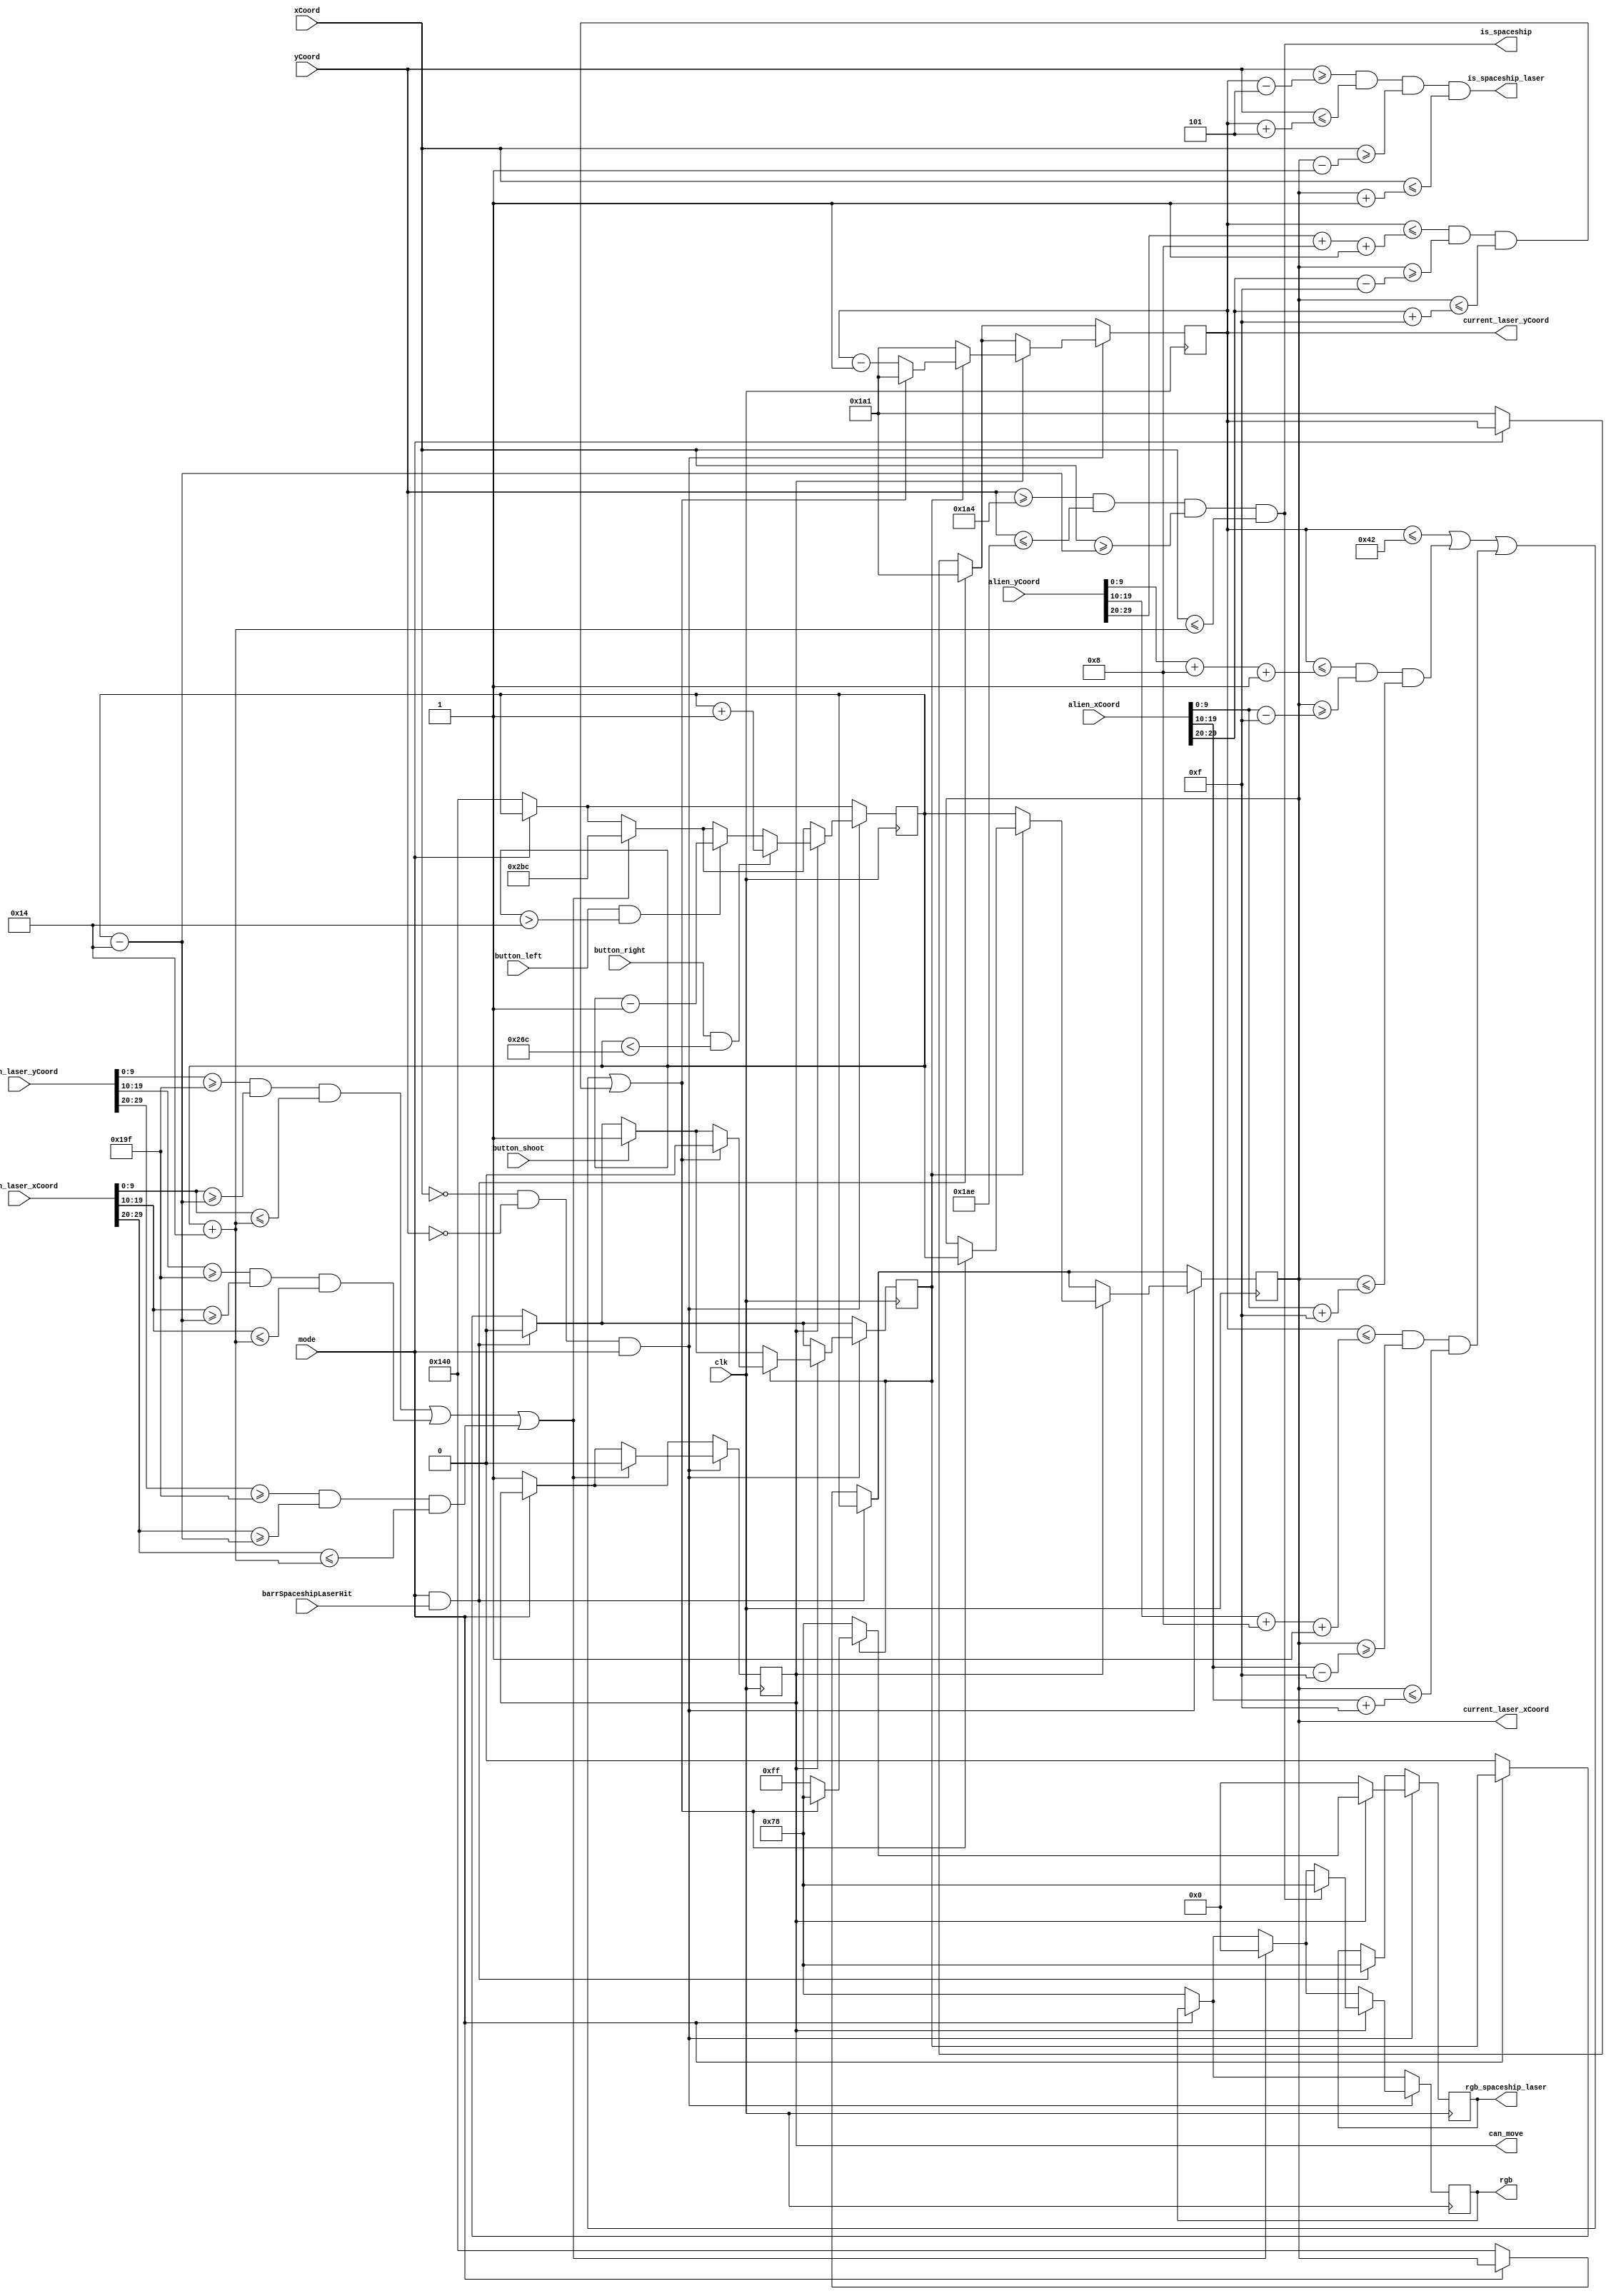
`timescale 1ns / 1ps
//////////////////////////////////////////////////////////////////////////////////
// Company: 
// Engineer: 
// 
// Design Name: 
// Module Name:    spaceship 
// Project Name: 
// Target Devices: 
// Tool versions: 
// Description: 
//
// Dependencies: 
//
// Revision: 
// Revision 0.01 - File Created
// Additional Comments: 
//
//////////////////////////////////////////////////////////////////////////////////
module spaceship(
	// Inputs
	input wire clk,
//	input wire restart,
	input wire button_left,
	input wire button_right,
	input wire button_shoot,
	input wire mode,
	input wire [9:0] xCoord,
	input wire [9:0] yCoord,
	input wire [29:0] alien_xCoord,
	input wire [29:0] alien_yCoord,
	input wire [29:0] alien_laser_xCoord,
	input wire [29:0] alien_laser_yCoord,
	input wire barrSpaceshipLaserHit,
	// Outputs
	output wire [7:0] rgb,
	output wire is_spaceship,
	output wire [7:0] rgb_spaceship_laser,
	output wire is_spaceship_laser,
	output wire [9:0] current_laser_xCoord,
	output wire [9:0] current_laser_yCoord,
	output reg can_move
    );

	///////////////////////////////////////////////////////
	///////////////////////////////////////////////////////
	// Display screen boundaries
	parameter LEFT_EDGE = 10'd0;
	parameter RIGHT_EDGE = 10'd640;
	parameter TOP_EDGE = 10'd0;
	parameter BOTTOM_EDGE = 10'd480;
	parameter SCOREBOARD_TOP = 10'd0;
	parameter SCOREBOARD_BOTTOM = 10'd60;
	
	///////////////////////////////////////////////////////
	///////////////////////////////////////////////////////
   // RGB Parameters [ BLUE | GREEN | RED ]
	reg [7:0] set_color;
	reg [7:0] set_color_laser;
	parameter COLOR_SPACESHIP = 8'b01111000;
	parameter COLOR_LASER = 8'b11111111;
	parameter COLOR_LASER_BLACK = 8'b00000000;
	parameter COLOR_BLACK = 8'b00000000;
	
	// Spaceship Parameters
	parameter SPACESHIP_HEIGHT = 10'd10;
	parameter SPACESHIP_LENGTH = 10'd40;
	parameter HALF_SPACESHIP_HEIGHT = 10'd10;
	parameter HALF_SPACESHIP_LENGTH = 10'd20;
	parameter SPACESHIP_TOP = 10'd420;
	parameter SPACESHIP_BOTTOM = 10'd430;
	parameter SPACESHIP_INITIAL = 10'd320;
	parameter SPACESHIP_Y = 10'd425;
	reg [9:0] spaceship_coord;
		
	// Laser Parameters
	parameter LASER_HEIGHT = 10'd10;
	parameter LASER_LENGTH = 10'd3;
	parameter HALF_LASER_HEIGHT = 10'd5;
	parameter HALF_LASER_LENGTH = 10'd1;
	parameter LASER_INITIAL_X = 10'd320;
	parameter LASER_INITIAL_Y = 10'd417;
	// Alien Parameters
	parameter HALF_ALIEN_HEIGHT = 10'd8;
	parameter HALF_ALIEN_LENGTH = 10'd15;
	
	// Position Updates
	parameter MOVE_LEFT  = 10'd1;
	parameter MOVE_RIGHT = 10'd1;
	parameter MOVE_UP = 10'd1;
		
	// Laser implementation
	reg [9:0] laser_xCoord;
	reg [9:0] laser_yCoord;
	reg is_active_laser;
	
	// Initialize spaceship
	initial begin
		// Spaceship begins in the middle of the scren
		spaceship_coord = SPACESHIP_INITIAL;
		laser_xCoord = LASER_INITIAL_X;
		laser_yCoord = LASER_INITIAL_Y;
		is_active_laser = 0;
		can_move = 1;
	end
	
	wire clk_frame = (xCoord == 0 && yCoord == 0);
	always @ (posedge clk) begin
		if (mode == 0) begin
			// Reset position of the spaceship
			spaceship_coord <= SPACESHIP_INITIAL;
			laser_xCoord <= LASER_INITIAL_X;
			laser_yCoord <= LASER_INITIAL_Y;
			is_active_laser <= 0;
			can_move <= 1;
			set_color <= COLOR_SPACESHIP;
		end
		if(mode == 1 && barrSpaceshipLaserHit) begin
			laser_xCoord <= spaceship_coord;
			laser_yCoord <= LASER_INITIAL_Y;
			set_color_laser <= COLOR_SPACESHIP;
			is_active_laser <= 0;
		end
		if (clk_frame && mode == 1) begin
			// Check to see if hit by laser (if so move alien off of screen, and set can_move to 0)
			if ((alien_laser_yCoord[9:0] >= SPACESHIP_Y - HALF_SPACESHIP_HEIGHT &&
				  alien_laser_xCoord[9:0] >= spaceship_coord - HALF_SPACESHIP_LENGTH && alien_laser_xCoord[9:0] <= spaceship_coord + HALF_SPACESHIP_LENGTH) ||
				 (alien_laser_yCoord[19:10] >= SPACESHIP_Y - HALF_SPACESHIP_HEIGHT &&
				  alien_laser_xCoord[19:10] >= spaceship_coord - HALF_SPACESHIP_LENGTH && alien_laser_xCoord[19:10] <= spaceship_coord + HALF_SPACESHIP_LENGTH) ||	
				 (alien_laser_yCoord[29:20] >= SPACESHIP_Y - HALF_SPACESHIP_HEIGHT &&
				  alien_laser_xCoord[29:20] >= spaceship_coord - HALF_SPACESHIP_LENGTH && alien_laser_xCoord[29:20] <= spaceship_coord + HALF_SPACESHIP_LENGTH) 
				) begin
				//spaceship_coord <= SPACESHIP_INITIAL;
				spaceship_coord <= 10'd700;
				set_color <= COLOR_BLACK;
				can_move <= 0;
			end
			if (can_move) begin
				// Spaceship Controls
				// Left button pressed, update spaceship position to the left (if possible)
				if (button_left && spaceship_coord > LEFT_EDGE + HALF_SPACESHIP_LENGTH) begin
					spaceship_coord <= spaceship_coord - MOVE_LEFT;
				end
				// Right button pressed, update spaceship position to the right (if possible)
				if (button_right && spaceship_coord < RIGHT_EDGE - HALF_SPACESHIP_LENGTH) begin
					spaceship_coord <= spaceship_coord + MOVE_RIGHT;
				end
				// Update display of spaceship
				if (yCoord >= SPACESHIP_TOP && yCoord <= SPACESHIP_BOTTOM && 
					 xCoord >= spaceship_coord - HALF_SPACESHIP_LENGTH && xCoord <= spaceship_coord + HALF_SPACESHIP_LENGTH
					) begin
					set_color <= COLOR_SPACESHIP;
				end
				// Laser controls
				// Update spaceship laser
				if (button_shoot) begin
					is_active_laser <= 1;
					laser_xCoord <= spaceship_coord;
				end
				if (is_active_laser) begin
					// If hit any objects, then reset laser back to the spaceship
					// Top of the display (the bottom of the scoreboard)
					if ((laser_yCoord <= SCOREBOARD_BOTTOM + HALF_LASER_HEIGHT + MOVE_UP) ||
						  //ALIENS!
	 					  //Alien 0
		   				 (laser_yCoord <= alien_yCoord[9:0] + HALF_ALIEN_HEIGHT + MOVE_UP &&
						  laser_xCoord >= alien_xCoord[9:0] - HALF_ALIEN_LENGTH && laser_xCoord <= alien_xCoord[9:0] + HALF_ALIEN_LENGTH) ||
						  // Alien 1
						 (laser_yCoord <= alien_yCoord[19:10] + HALF_ALIEN_HEIGHT + MOVE_UP &&
						  laser_xCoord >= alien_xCoord[19:10] - HALF_ALIEN_LENGTH && laser_xCoord <= alien_xCoord[19:10] + HALF_ALIEN_LENGTH) ||
						  // Alien 2
						 (laser_yCoord <= alien_yCoord[29:20] + HALF_ALIEN_HEIGHT + MOVE_UP &&
						  laser_xCoord >= alien_xCoord[29:20] - HALF_ALIEN_LENGTH && laser_xCoord <= alien_xCoord[29:20] + HALF_ALIEN_LENGTH) 
						  ) begin
						laser_xCoord <= spaceship_coord;
						laser_yCoord <= LASER_INITIAL_Y;
						set_color_laser <= COLOR_SPACESHIP;
						is_active_laser <= 0;
					end
					else begin
						laser_yCoord <= laser_yCoord - MOVE_UP;
						laser_xCoord <= laser_xCoord;
						set_color_laser <= COLOR_LASER;
					end
				end
				else begin
					laser_yCoord <= LASER_INITIAL_Y;
					laser_xCoord <= spaceship_coord;
					set_color_laser <= COLOR_SPACESHIP;
				end
			end
			else begin
				set_color_laser <= COLOR_BLACK;
			end
		end
	end

	// Assign laser coordinates (to be fed into barriers, aliens, and flying saucer modules)
	assign current_laser_xCoord = laser_xCoord;
	assign current_laser_yCoord = laser_yCoord;

	// Assign spaceship colors
	assign rgb = set_color;
	assign is_spaceship = (yCoord >= SPACESHIP_TOP && yCoord <= SPACESHIP_BOTTOM && 
								  xCoord >= spaceship_coord - HALF_SPACESHIP_LENGTH && xCoord <= spaceship_coord + HALF_SPACESHIP_LENGTH
								  );
	// Assign laser colors
	assign rgb_spaceship_laser = set_color_laser;
	assign is_spaceship_laser = (yCoord >= laser_yCoord - HALF_LASER_HEIGHT && yCoord <= laser_yCoord + HALF_LASER_HEIGHT &&
							 xCoord >= laser_xCoord - HALF_LASER_LENGTH && xCoord <= laser_xCoord + HALF_LASER_LENGTH); // TODO
	
endmodule